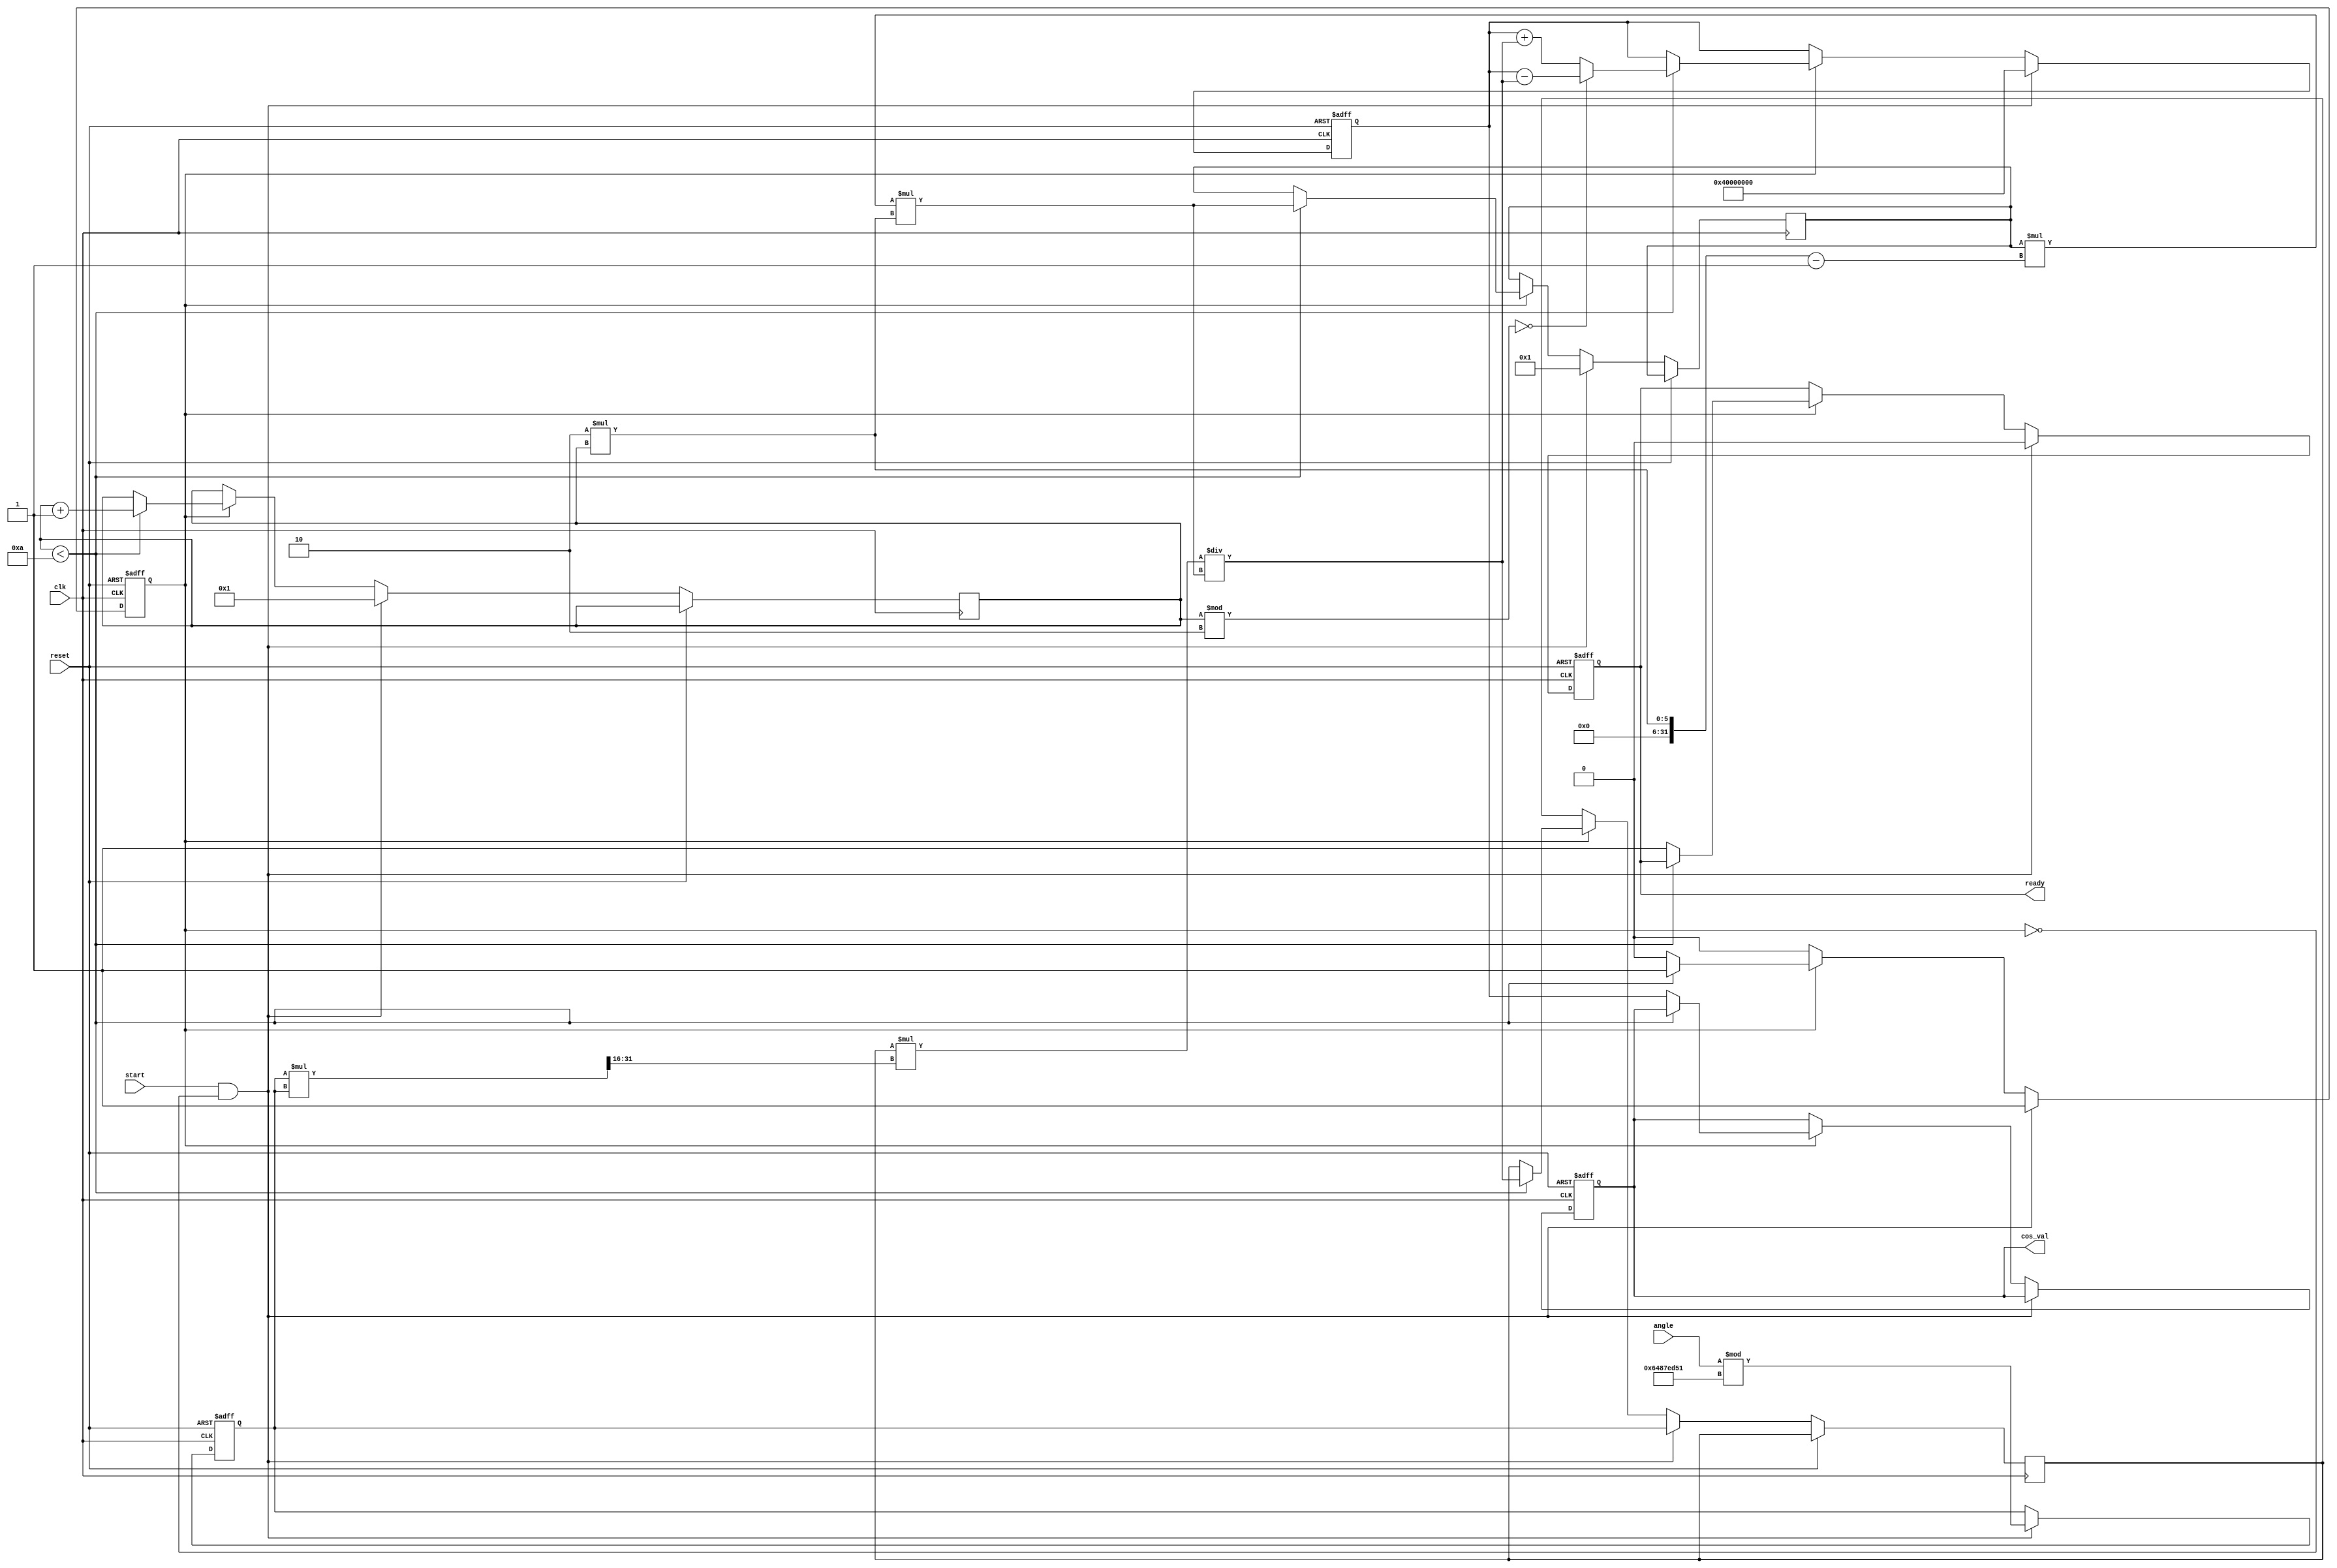
module cosine(
    input wire [31:0] angle,  // Input angle in radians (fixed-point representation)
    input wire clk,           // Clock signal
    input wire start,         // Start signal for computation
    input wire reset,         // Reset signal
    output reg [31:0] cos_val, // Computed cosine value (fixed-point representation)
    output reg ready          // Output ready signal
);

    // Constants for fixed-point representation
    parameter FIXED_POINT_FRACTIONAL_BITS = 16;
    parameter PI = 32'h3243F6A9; //  in fixed-point (32-bit)
    parameter TWO_PI = 32'h6487ED51; // 2 in fixed-point (32-bit)

    // Taylor series terms
    reg [31:0] term;           // Current term in the series
    reg [31:0] x_squared;      // x^2
    reg [31:0] factorial;      // Factorial for the denominator
    reg [3:0] n;               // Term index
    reg [31:0] x;              // Normalized angle
    reg [31:0] cos_approx;     // Cosine approximation
    reg computing;             // State variable for computation

    // Normalize the angle to the range [0, 2]
    always @(posedge clk or posedge reset) begin
        if (reset) begin
            x <= 32'b0;
            cos_approx <= 32'b0;
            cos_val <= 32'b0;
            ready <= 1'b0;
            computing <= 1'b0;
        end else if (start && !computing) begin
            // Normalize the input angle
            x <= angle % TWO_PI; // Modulo 2
            cos_approx <= 32'h40000000; // cos(0) = 1 in fixed-point
            term <= x; // First term is x
            n <= 1; // Start with first term
            factorial <= 32'b1; // 0! = 1
            computing <= 1'b1;
            ready <= 1'b0;
        end else if (computing) begin
            // Compute the next term in the Taylor series
            if (n < 10) begin // Limit to first 10 terms for simplicity
                x_squared = (x * x) >> FIXED_POINT_FRACTIONAL_BITS; // x^2
                factorial = factorial * (2*n-1) * (2*n); // (2n)!
                if (n % 2 == 0) begin
                    cos_approx <= cos_approx - (term * x_squared) / factorial; // Subtract term
                end else begin
                    cos_approx <= cos_approx + (term * x_squared) / factorial; // Add term
                end
                term <= (term * x_squared) / factorial; // Update term for next iteration
                n <= n + 1; // Increment term index
            end else begin
                cos_val <= cos_approx; // Final cosine value
                ready <= 1'b1; // Set output ready
                computing <= 1'b0; // End computation
            end
        end
    end
endmodule